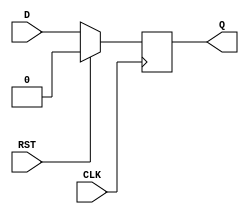
module dff_with_reset(
    input wire D,
    input wire CLK,
    input wire RST,
    output reg Q);

    always @(posedge CLK) begin
        if (RST) begin
            Q <= 1'b0;
        end else begin
            Q <= D;
        end
    end

endmodule